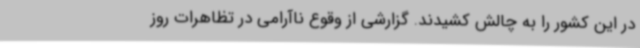
در این کشور را به چالش کشیدند. گزارشی از وقوع ناآرامی در تظاهرات روز